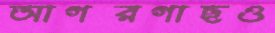
আগরগাছও